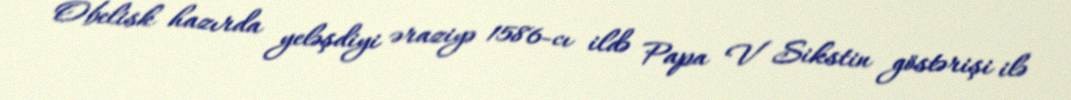
Obelisk hazırda yeləşdiyi əraziyə 1586-cı ildə Papa V Sikstin göstərişi ilə